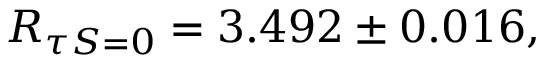
R _ { \tau S = 0 } = 3 . 4 9 2 \pm 0 . 0 1 6 { } ,